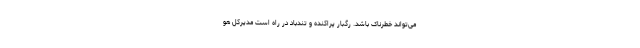
می‌تواند خطرناک باشد. رگبار پراکنده و تندباد در راه است مدیرکل هو